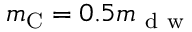
m _ { \mathrm { C } } = 0 . 5 m _ { \mathrm { ~ d ~ w ~ } }